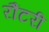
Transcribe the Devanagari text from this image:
रौंटरी